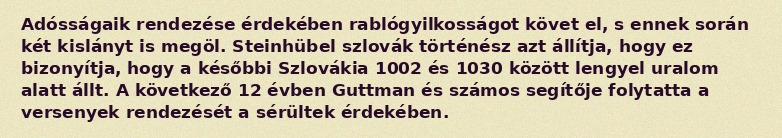
Adósságaik rendezése érdekében rablógyilkosságot követ el, s ennek során két kislányt is megöl. Steinhübel szlovák történész azt állítja, hogy ez bizonyítja, hogy a későbbi Szlovákia 1002 és 1030 között lengyel uralom alatt állt. A következő 12 évben Guttman és számos segítője folytatta a versenyek rendezését a sérültek érdekében.